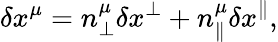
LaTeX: \delta x^{\mu}=n_{\perp}^{\mu}\delta x^{\perp}+n_{\parallel}^{\mu}\delta x^{\parallel},